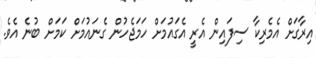
އިރާގަށް އެމެރިކާ ސިފައިން އެރީ އެގައުމަށް ހަމަޖެހުން ގެނައުމަށް ކަމަށް ބުނެ އެވެ.